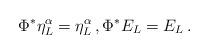
LaTeX: \begin{align*} \Phi^*\eta^{\alpha}_L=\eta^{\alpha}_L\,, \Phi^*E_L=E_L\,.\end{align*}